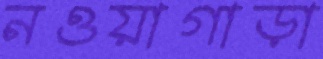
নওয়াগাড়া